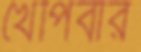
খেপিবার